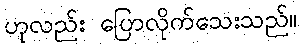
ဟုလည်း ပြောလိုက်သေးသည်။